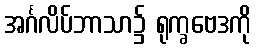
အင်္ဂလိပ်ဘာသာ၌ ရုက္ခဗေဒကို